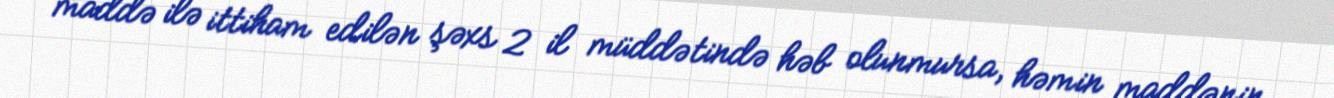
maddə ilə ittiham edilən şəxs 2 il müddətində həb olunmursa, həmin maddənin